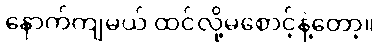
နောက်ကျမယ် ထင်လို့မစောင့်နဲ့တော့။